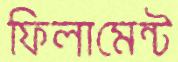
ফিলামেন্ট